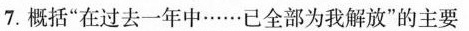
7. 概括”在过去一年中……已全部为我解放”的主要